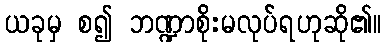
ယခုမှ စ၍ ဘဏ္ဍာစိုးမလုပ်ရဟုဆို၏။